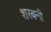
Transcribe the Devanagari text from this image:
शरबनी